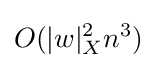
O(|w|_{X}^{2}n^{3})